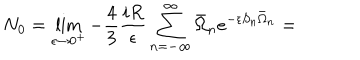
LaTeX: N _ { 0 } = \lim _ { \epsilon \rightarrow 0 ^ { + } } - \frac 4 3 \frac { i R } { \epsilon } \sum _ { n = - \infty } ^ { \infty } \bar { \Omega } _ { n } e ^ { - \epsilon S _ { n } \bar { \Omega } _ { n } } =